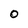
Character: O